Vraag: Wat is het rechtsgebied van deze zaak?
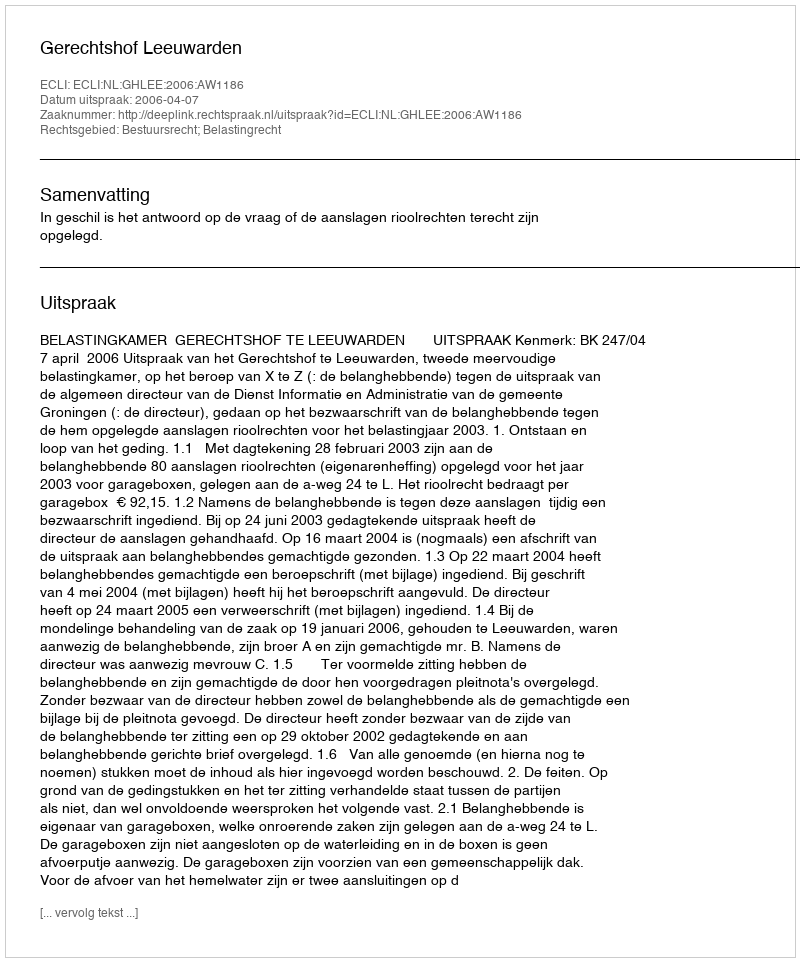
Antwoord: Bestuursrecht; Belastingrecht